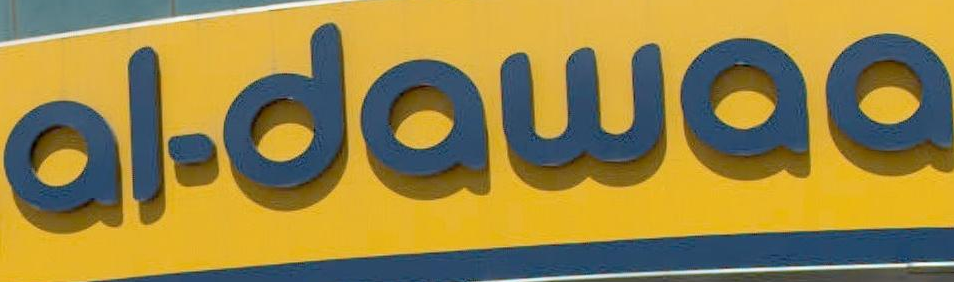
aldawaa